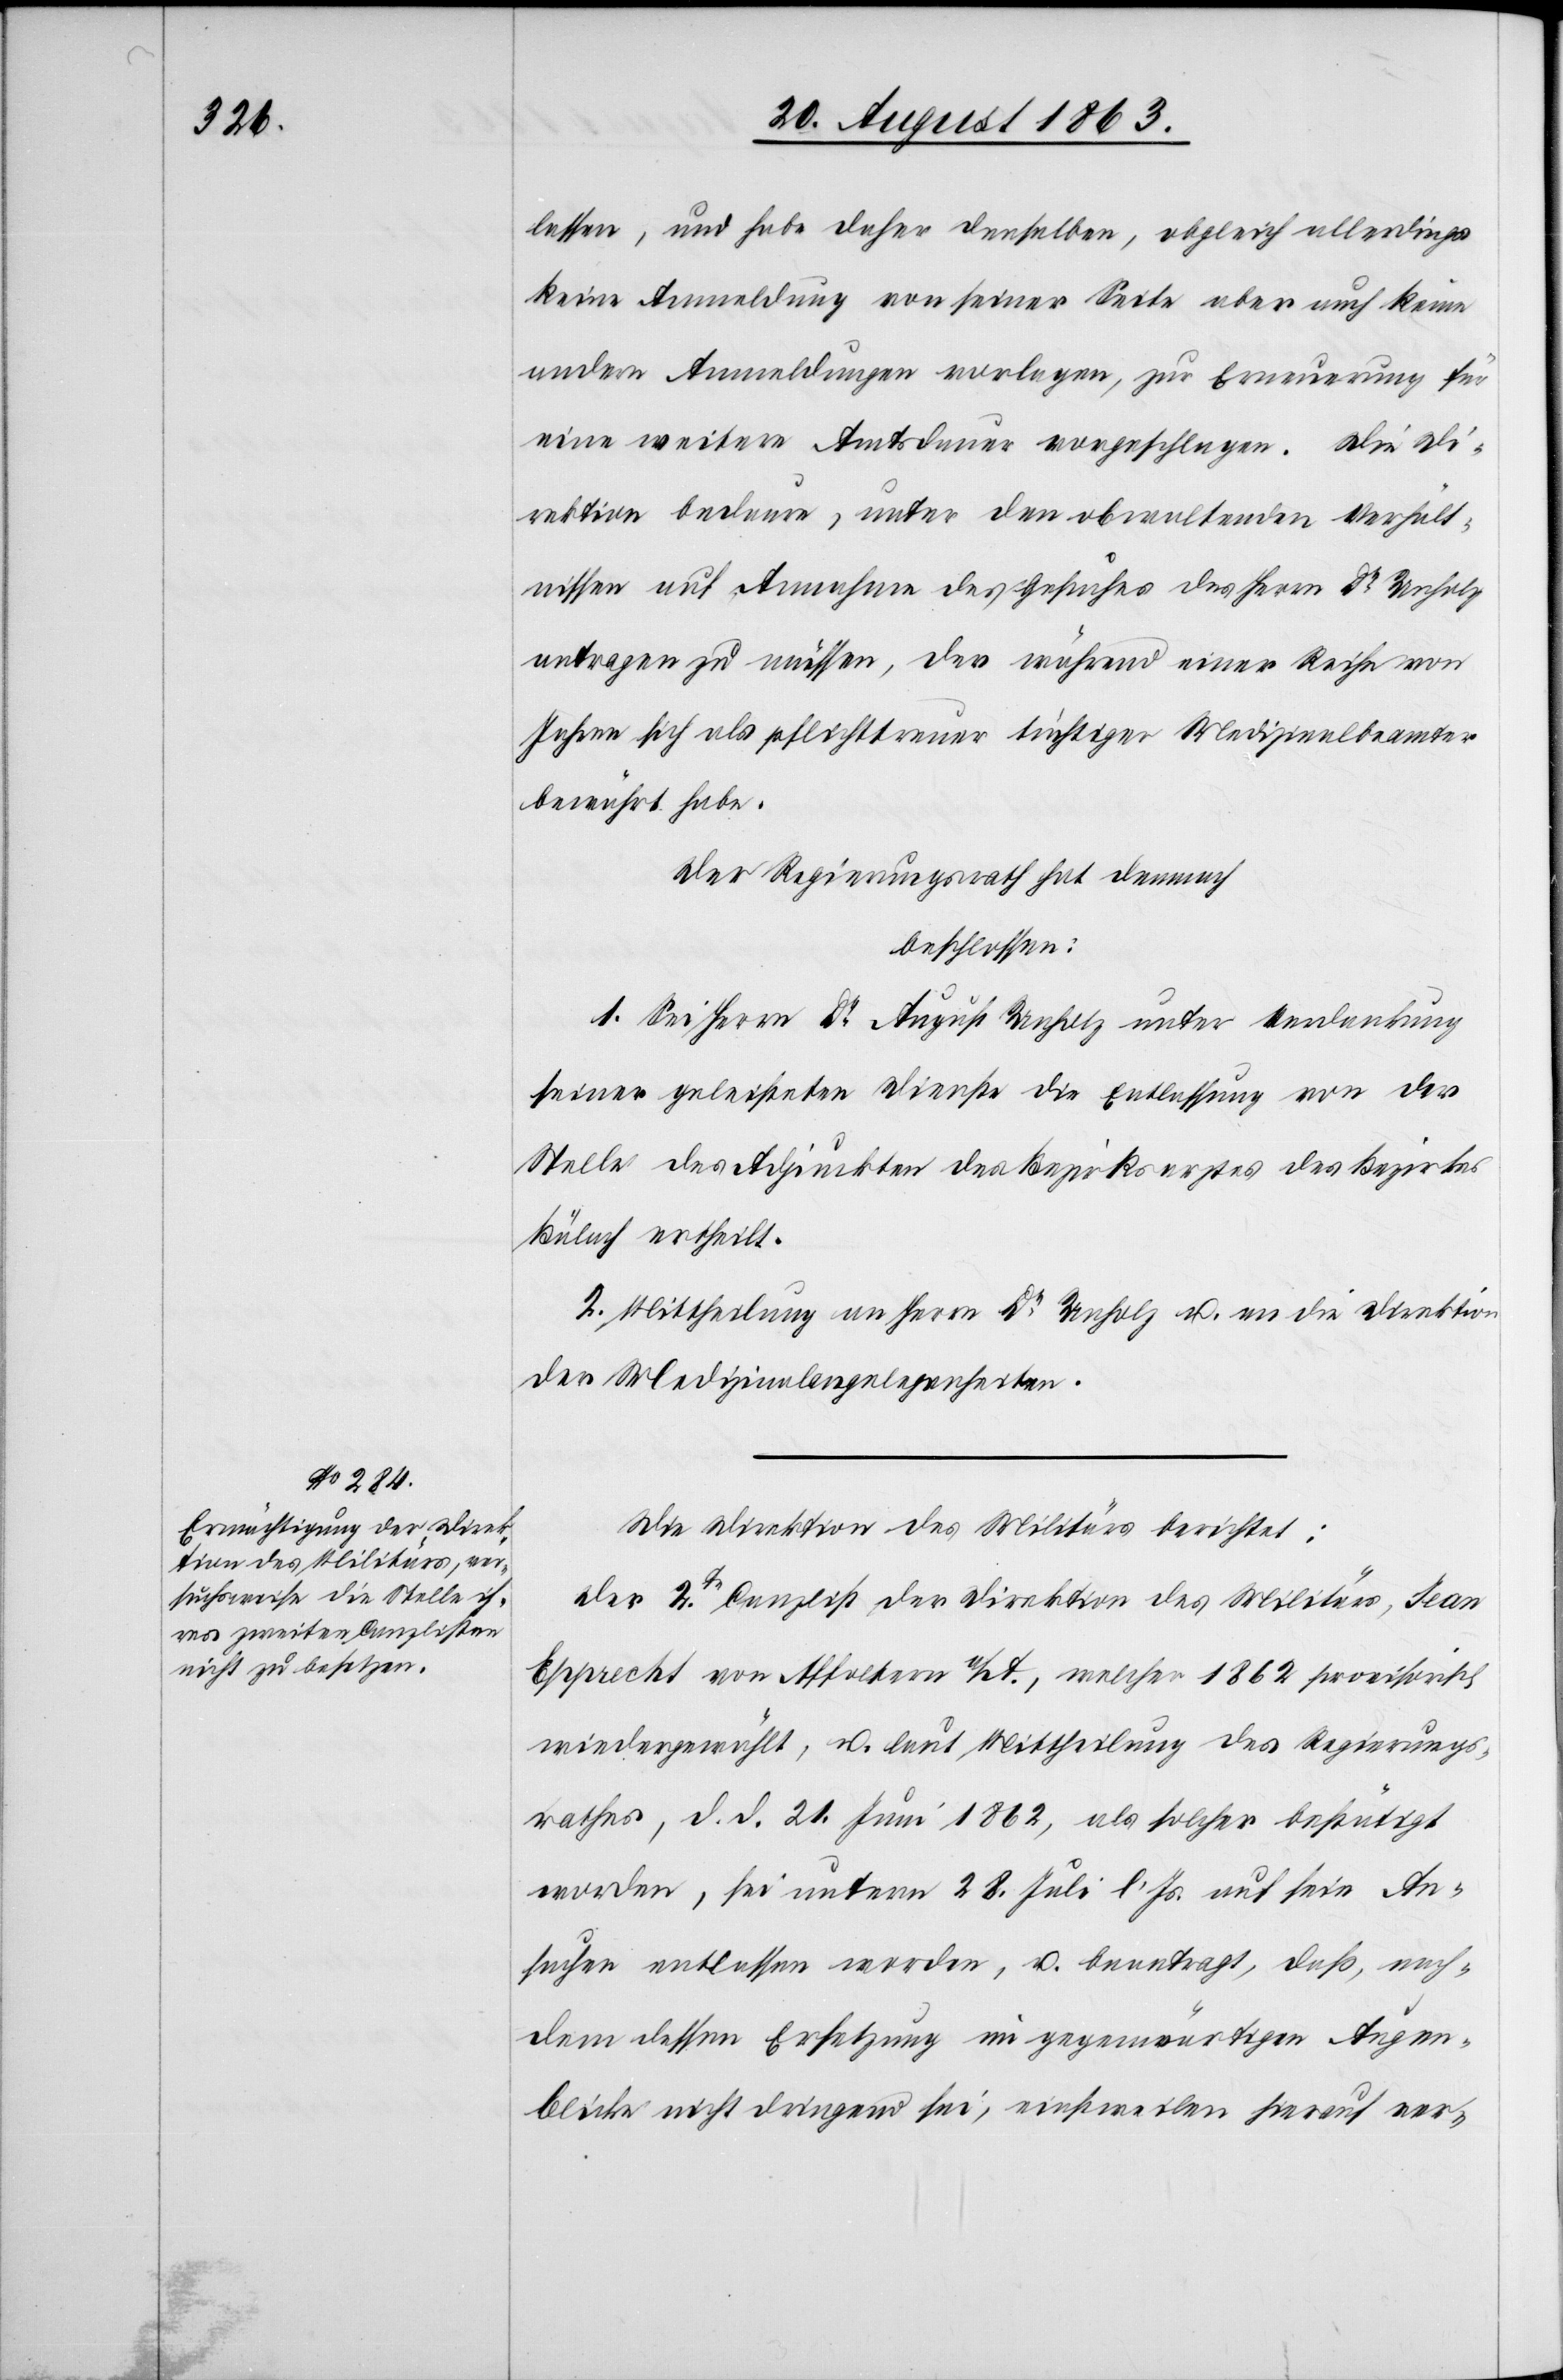
lassen, und habe daher denselben, obgleich allerdings
keine Anmeldung von seiner Seite aber auch keine
andern Anmeldungen vorlagen, zur Erneuerung für
eine weitere Amtsdauer vorgeschlagen. Die Di¬
rektion bedaure, unter den obwaltenden Verhält¬
nissen auf Annahme des Gesuches des Herrn Dr Unholz
antragen zu müssen, der während einer Reihe von
Jahren sich als pflichttreuer tüchtiger Medizinalbeamter
bewährt habe.
Der Regierungsrath hat demnach
beschlossen:
1. Sei Herrn Dr August Unholz unter Verdankung
seiner geleisteten Dienste die Entlassung von der
Stelle des Adjunkten des Bezirksarztes des Bezirkes
Bülach ertheilt.
2. Mittheilung an Herrn Dr Unholz u. an die Direktion
der Medizinalangelegenheiten.
Die Direktion des Militärs berichtet:
Der 2te Canzlist der Direktion des Militärs, Jean
Epprecht von Affoltern a/A., welcher 1862 provisorisch
wiedergewählt, u. laut Mittheilung des Regierungs¬
rathes, d. d. 21. Juni 1862, als solcher bestätigt
worden, sei unterm 28. Juli l. Js. auf sein An¬
suchen entlassen worden, u. beantragt, daß, nach¬
dem dessen Ersetzung im gegenwärtigen Augen¬
blicke nicht dringend sei, einstweilen hierauf ver-